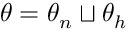
\ensuremath { \boldsymbol { \theta } } = \ensuremath { \boldsymbol { \theta } } _ { n } \sqcup \ensuremath { \boldsymbol { \theta } } _ { h }